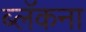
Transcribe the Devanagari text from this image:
ब्लॅकना